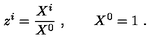
z ^ { i } = { \frac { X ^ { i } } { X ^ { 0 } } } \ , \qquad X ^ { 0 } = 1 \ .